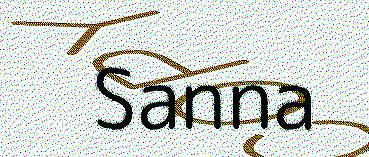
Sanna